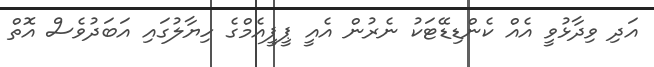
އަދި ވިދާޅުވީ އެއް ކެންޑިޑޭޓަކު ނެރުން އެއީ ޕީޕީއެމްގެ ހިޔާލުގައި އަބަދުވެސް އޮތް